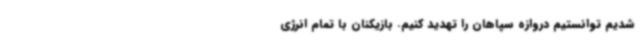
شدیم توانستیم دروازه سپاهان را تهدید کنیم. بازیکنان با تمام انرژی